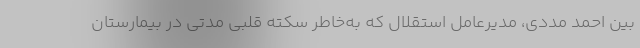
بین احمد مددی، مدیرعامل استقلال که به‌خاطر سکته قلبی مدتی در بیمارستان